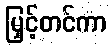
မြှင့်တင်ကာ